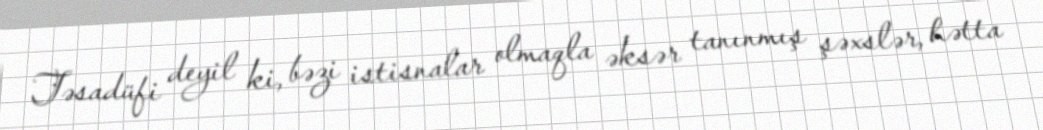
Təsadüfi deyil ki, bəzi istisnalar olmaqla əksər tanınmış şəxslər, hətta